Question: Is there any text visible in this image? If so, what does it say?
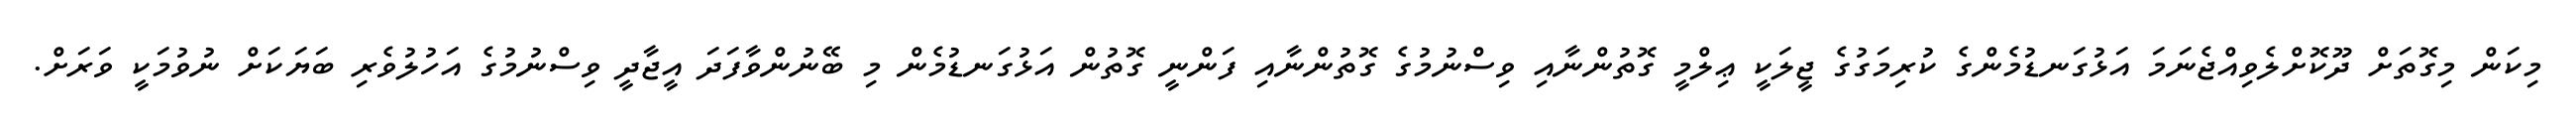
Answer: މިކަން މިގޮތަށް ދޫކޮށްލެވިއްޖެނަމަ އަޅުގަނޑުމެންގެ ކުރިމަގުގެ ޖީލަކީ ޢިލްމީ ގޮތުންނާއި ވިސްނުމުގެ ގޮތުންނާއި ފަންނީ ގޮތުން އަޅުގަނޑުމެން މި ބޭނުންވާފަދަ އީޖާދީ ވިސްނުމުގެ އަހުލުވެރި ބަޔަކަށް ނުވުމަކީ ވަރަށް.